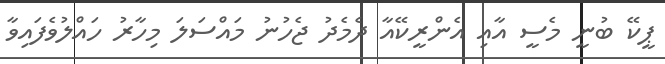
ޕީކޭ ބުނީ މެސީ އާއި އެންރީކޭއާ ދެމެދު ޖެހުނު މައްސަލަ މިހާރު ހައްލުވެފައިވާ